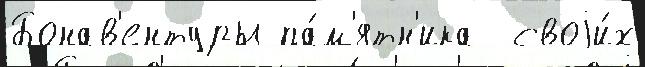
Бонав'ентуры па́м'ятн'ика  своjи́х